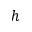
h